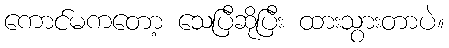
ကောင်မကတော့ သေပြီဆိုပြီး ထားသွားတာပဲ။